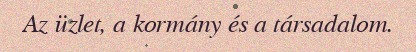
Az üzlet, a kormány és a társadalom.